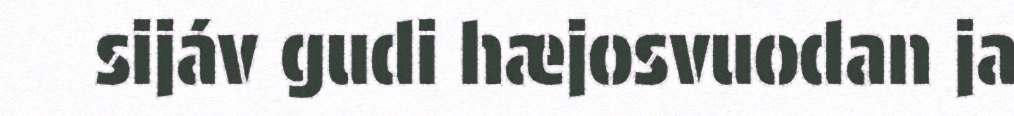
sijáv gudi hæjosvuodan ja